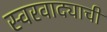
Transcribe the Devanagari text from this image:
स्वरवाद्याची